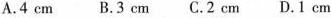
A. 4 cm B. 3 cm C. 2 cm D. 1 cm